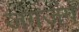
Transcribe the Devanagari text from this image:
जंगजंग